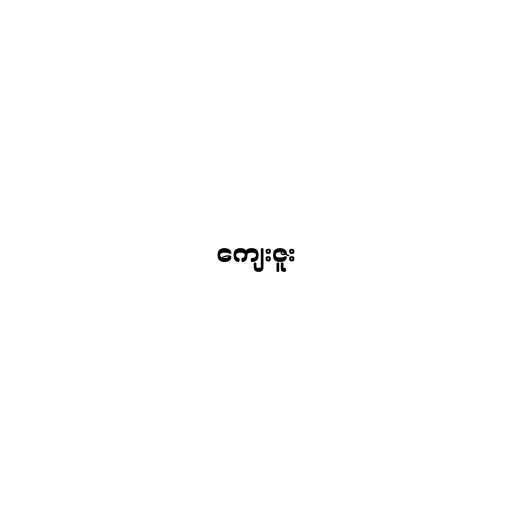
ကျေးဇူး